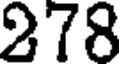
278